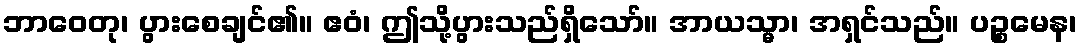
ဘာဝေတု၊ ပွားစေချင်၏။ ဧဝံ၊ ဤသို့ပွားသည်ရှိသော်။ အာယသ္မာ၊ အရှင်သည်။ ပဉ္စမေန၊